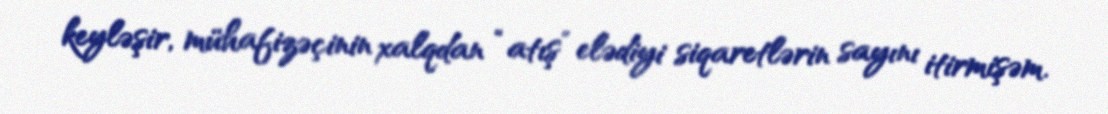
keyləşir, mühafizəçinin xalqdan “atış” elədiyi siqaretlərin sayını itirmişəm.